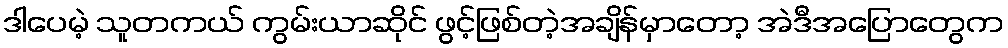
ဒါပေမဲ့ သူတကယ် ကွမ်းယာဆိုင် ဖွင့်ဖြစ်တဲ့အချိန်မှာတော့ အဲဒီအပြောတွေက